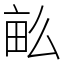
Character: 𤱔